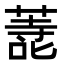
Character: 𭊬